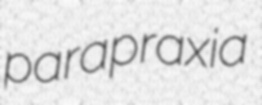
parapraxia